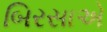
બિરસાએ